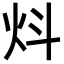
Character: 炓